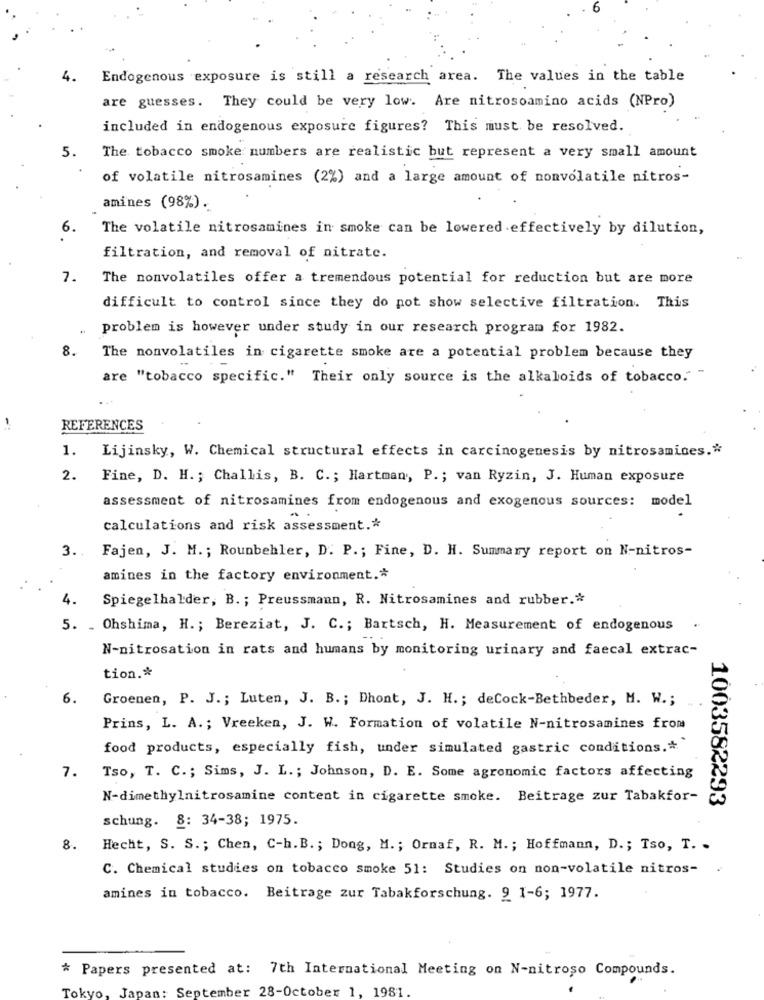
Endogenous exposure is still a research area. The values in the table
are guesses. They could be very low. Are nitrosoamino acids (NPro)
included in endogenous exposure figures? This must be resolved.
5.
The tobacco smoke numbers are realistic but represent a very small amount
of volatile nitrosamines (2%) and a large amount of nonvolatile nitros-
amines (98%).
6.
The volatile nitrosamines in smoke can be lowered effectively by dilution,
filtration, and removal of nitrate.
7.
The nonvolatiles offer a tremendous potential for reduction but are more
difficult to control since they do not show selective filtration. This
problem is however under study in our research program for 1982.
8.
The nonvolatiles in cigarette smoke are a potential problem because they
are "tobacco specific." Their only source is the alkaloids of tobacco." -
REFERENCES
1.
Lijinsky, W. Chemical structural effects in carcinogenesis by nitrosamices."
2.
Fine, D. H .; Challis, B. C .; Hartman, P .; van Ryzin, J. Human exposure
assessment of nitrosamines from endogenous and exogenous sources: model
calculations and risk assessment .*
3 ..
Fajen, J. M .; Rounbehler, D. P .; Fine, D. H. Summary report on N-nitros-
amines in the factory environment .*
4.
Spiegelhalder, B .; Preussmann, R. Nitrosamines and rubber .*
5. . Ohshima, H .; Bereziat, J. C .; Bartsch, H. Measurement of endogenous
N-nitrosation in rats and humans by monitoring urinary and faecal extrac-
tion .*
6.
Groenen, P. J .; Luten, J. B. ; Dhont, J. H .; deCock-Bethbeder, M. W .;
Prins, L. A .; Vreeken, J. W. Formation of volatile N-nitrosamines from
food products, especially fish, under simulated gastric conditions .*
7.
Tso, T. C .; Sims, J. L .; Johnson, D. E. Some agronomic factors affecting
N-dimethylnitrosamine content in cigarette smoke. Beitrage zur Tabakfor-
1003582293
schung. 8: 34-38; 1975.
8.
Hecht, S. S .; Chen, C-h. B .; Dong, M. ; Ornaf, R. M. ; Hoffmann, D .; Tso, T. .
C. Chemical studies on tobacco smoke 51: Studies on non-volatile nitros- .
amines in tobacco. Beitrage zur Tabakforschung. 9 1-6; 1977.
* Papers presented at: 7th International Meeting on N-nitroso Compounds.
Tokyo, Japan: September 28-October 1, 1981.